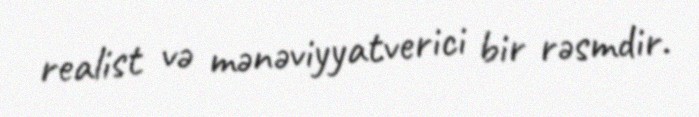
realist və mənəviyyatverici bir rəsmdir.